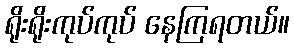
ရိုးရိုးကုပ်ကုပ် နေကြရတယ်။